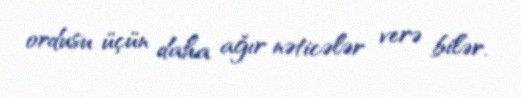
ordusu üçün daha ağır nəticələr verə bilər.